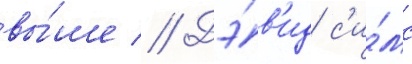
вы́ше // Дэ́в'ид с'и́мс